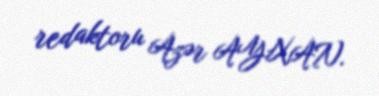
redaktoru Azər AYXAN.